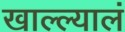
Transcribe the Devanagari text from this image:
खाल्ल्यालं